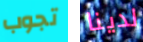
تجوب لدينا